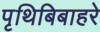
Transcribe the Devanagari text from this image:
पृथिबिबाहरे